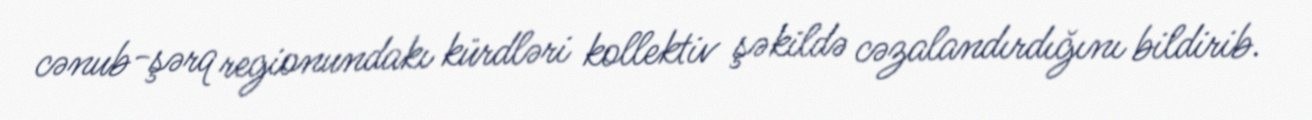
cənub-şərq regionundakı kürdləri kollektiv şəkildə cəzalandırdığını bildirib.